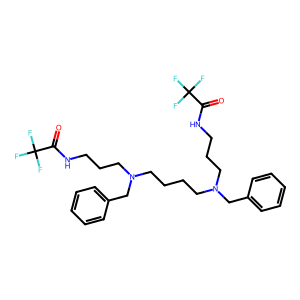
SMILES: O=C(NCCCN(CCCCN(CCCNC(=O)C(F)(F)F)Cc1ccccc1)Cc1ccccc1)C(F)(F)F
Inhibits HIV replication: No